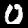
Label: 0